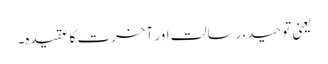
یعنی توحید، رسالت اور آخرت کا عقیدہ۔